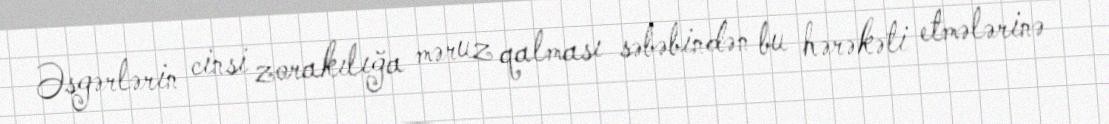
Əsgərlərin cinsi zorakılığa məruz qalması səbəbindən bu hərəkəti etmələrinə